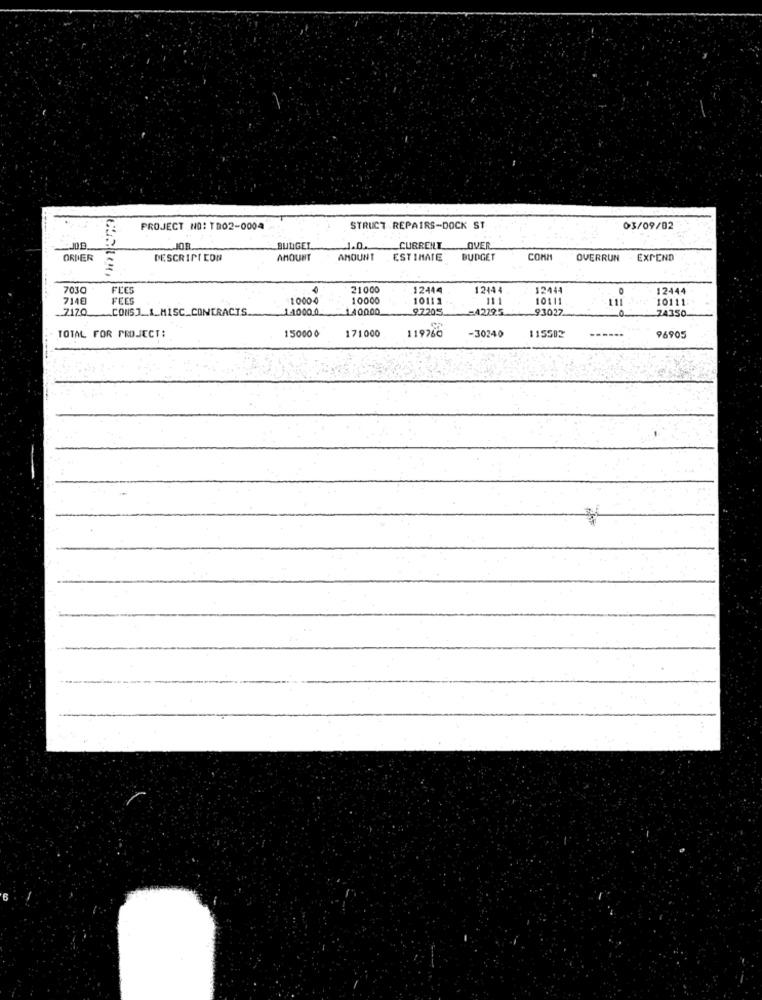
PROJECT NO: TR02-0004
STRUCT REPAIRS-DOCK ST
03/09/02
JOB
BUDGET
1.0.
CURRENT_ OVER
ORDER
DESCRIPICON
AMOUNT
AMOUNT
ESTIMATE
BUDGET
COMM
OVERRUN
EXPEND
7030
FLES
21000
12444
1244 4
12444
0
12444
7146
FEES
1000-0
10000
10111
10111
111
10111
.. 7170
CONSJ_ _ A_MISC_CONTRACTS.
1.1000 0
LA0000
9.7205
-4222.5
93027
74350.
TOTAL FOR PROJECT:
-30240
15000 0
171000
119760
115502
96905